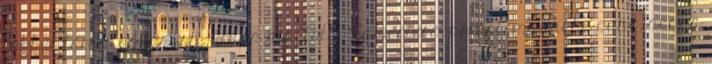
többet társaloghasson, utána kiáltott: "Cameriere, portatemi anche pane, acqua